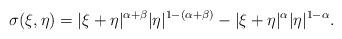
LaTeX: \begin{align*}\sigma(\xi,\eta)= |\xi+\eta|^{\alpha+\beta} |\eta|^{1-(\alpha+\beta)}- |\xi+\eta|^{\alpha} |\eta|^{1-\alpha}.\end{align*}